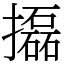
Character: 㩡